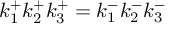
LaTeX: k _ { 1 } ^ { + } k _ { 2 } ^ { + } k _ { 3 } ^ { + } = k _ { 1 } ^ { - } k _ { 2 } ^ { - } k _ { 3 } ^ { - }